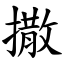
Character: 撒